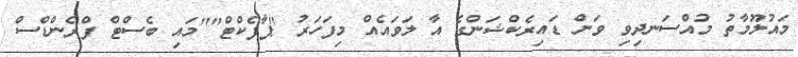
މައުލޫމާތު މުއްސަނދިވި ވަން ޑައިރެކްޝަންގެ އާ ލަވައެއް މިފަހަރު "ޕާފެކްޓް""މައި ބެސްޓް ފްރެންޑްސް